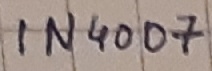
Text: IN4007